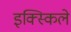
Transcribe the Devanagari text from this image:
इक्स्किले